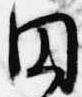
円